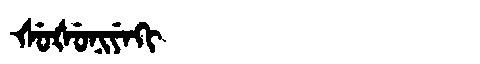
Manchu: ᡧᡠᡧᡠᠨᡳᠶᡝᡴᡳ
Romanization: ŠUŠUNIYEKI